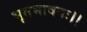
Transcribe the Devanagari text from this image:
भूतभावनः।।